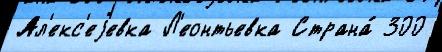
Ал'екс'еjевка Л'еонтьевка Страна́ 300